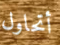
أتحاول